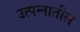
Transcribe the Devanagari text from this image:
उत्पन्‍नातील